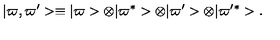
\vert \varpi , \varpi ^ { \prime } > \equiv \vert \varpi > \otimes \vert \varpi ^ { * } > \otimes \vert \varpi ^ { \prime } > \otimes \vert \varpi ^ { \prime } ^ { * } > .